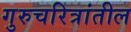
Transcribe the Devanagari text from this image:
गुरुचरित्रांतील